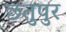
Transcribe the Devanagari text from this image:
छतुपुर